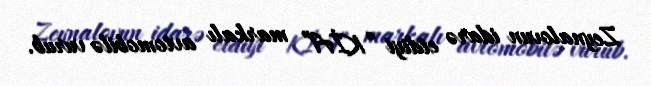
Zeynalovun idarə etdiyi “KİA” markalı avtomobilə vurub.